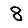
Digit: 8